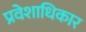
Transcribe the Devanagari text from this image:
प्रवेशाधिकार